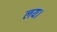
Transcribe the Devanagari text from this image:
लय।